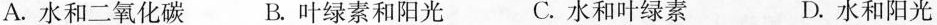
A.水和二氧化碳 B.叶绿素和阳光 C.水和叶绿素 D.水和阳光